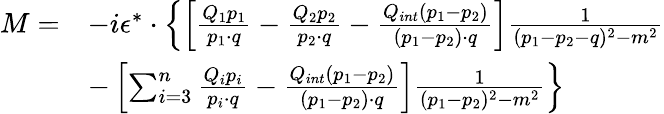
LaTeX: \begin{array}{rl}{{M=}}&{{-i\epsilon^{*}\cdot\left\{ \left[{\frac{Q_{1}p_{1}}{p_{1}\cdot q}}-{\frac{Q_{2}p_{2}}{p_{2}\cdot q}}-{\frac{Q_{int}(p_{1}-p_{2})}{(p_{1}-p_{2})\cdot q}}\right]{\frac{1}{(p_{1}-p_{2}-q)^{2}-m^{2}}}\right.}}\\ {{}}&{{-\left.\left[\sum_{i=3}^{n}{\frac{Q_{i}p_{i}}{p_{i}\cdot q}}-{\frac{Q_{int}(p_{1}-p_{2})}{(p_{1}-p_{2})\cdot q}}\right]{\frac{1}{(p_{1}-p_{2})^{2}-m^{2}}}\right\} }}\end{array}